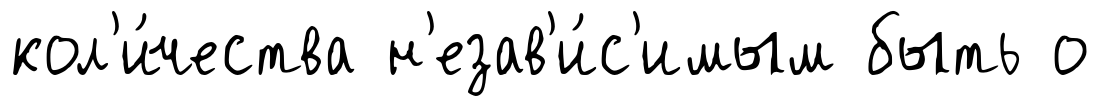
кол'и́чества н'езав'и́с'имым быть о